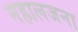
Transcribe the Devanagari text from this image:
महालजना